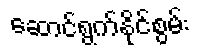
ဆောင်ရွက်နိုင်စွမ်း